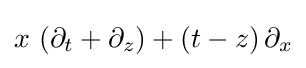
x\,\left(\partial _{t}+\partial _{z}\right)+(t-z)\,\partial _{x}